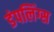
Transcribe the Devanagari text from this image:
डंपलिंग्स